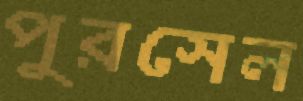
পুরসেল